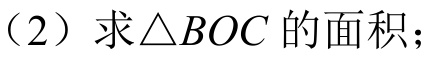
（2）求\(\triangle BOC\)的面积；